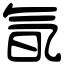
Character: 氜